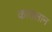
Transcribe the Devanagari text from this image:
कातलान